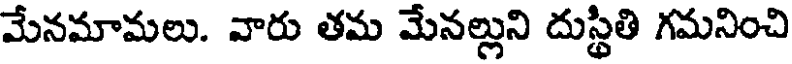
మేనమామలు. వారు తమ మేనల్లుని దుస్థితి గమనించి